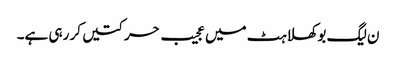
ن لیگ بوکھلاہٹ میں عجیب حرکتیں کر رہی ہے۔